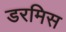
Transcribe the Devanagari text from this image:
डरमिस